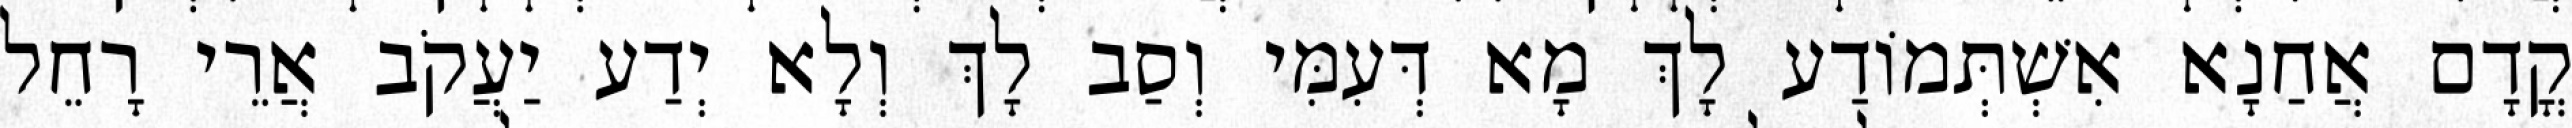
קֳדָם אֲחַנָא אִשְׁתְּמוֹדַע לָךְ מָא דְּעִמִּי וְסַב לָךְ וְלָא יְדַע יַעֲקֹב אֲרֵי רָחֵל